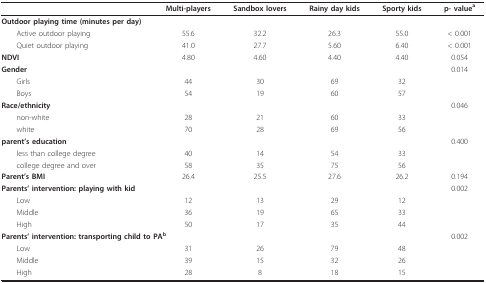
<table><thead><tr><td>[EMPTY_CELL]</td><td><b>Multi-players</b></td><td><b>Sandbox lovers</b></td><td><b>Rainy day kids</b></td><td><b>Sporty kids</b></td><td><b>p- value<sup>a</sup></b></td></tr></thead><tbody><tr><td colspan="2"><b>Outdoor playing time (minutes per day)</b></td><td>[EMPTY_CELL]</td><td>[EMPTY_CELL]</td><td>[EMPTY_CELL]</td><td>[EMPTY_CELL]</td></tr><tr><td> Active outdoor playing</td><td>55.6</td><td>32.2</td><td>26.3</td><td>55.0</td><td>&lt; 0.001</td></tr><tr><td> Quiet outdoor playing</td><td>41.0</td><td>27.7</td><td>5.60</td><td>6.40</td><td>&lt; 0.001</td></tr><tr><td><b>NDVI</b></td><td>4.80</td><td>4.60</td><td>4.40</td><td>4.40</td><td>0.054</td></tr><tr><td><b>Gender</b></td><td>[EMPTY_CELL]</td><td>[EMPTY_CELL]</td><td>[EMPTY_CELL]</td><td>[EMPTY_CELL]</td><td>0.014</td></tr><tr><td> Girls</td><td>44</td><td>30</td><td>69</td><td>32</td><td>[EMPTY_CELL]</td></tr><tr><td> Boys</td><td>54</td><td>19</td><td>60</td><td>57</td><td>[EMPTY_CELL]</td></tr><tr><td><b>Race/ethnicity</b></td><td>[EMPTY_CELL]</td><td>[EMPTY_CELL]</td><td>[EMPTY_CELL]</td><td>[EMPTY_CELL]</td><td>0.046</td></tr><tr><td> non-white</td><td>28</td><td>21</td><td>60</td><td>33</td><td>[EMPTY_CELL]</td></tr><tr><td> white</td><td>70</td><td>28</td><td>69</td><td>56</td><td>[EMPTY_CELL]</td></tr><tr><td><b>parent's education</b></td><td>[EMPTY_CELL]</td><td>[EMPTY_CELL]</td><td>[EMPTY_CELL]</td><td>[EMPTY_CELL]</td><td>0.400</td></tr><tr><td> less than college degree</td><td>40</td><td>14</td><td>54</td><td>33</td><td>[EMPTY_CELL]</td></tr><tr><td> college degree and over</td><td>58</td><td>35</td><td>75</td><td>56</td><td>[EMPTY_CELL]</td></tr><tr><td><b>Parent's BMI</b></td><td>26.4</td><td>25.5</td><td>27.6</td><td>26.2</td><td>0.194</td></tr><tr><td><b>Parents' intervention: playing with kid</b></td><td>[EMPTY_CELL]</td><td>[EMPTY_CELL]</td><td>[EMPTY_CELL]</td><td>[EMPTY_CELL]</td><td>0.002</td></tr><tr><td> Low</td><td>12</td><td>13</td><td>29</td><td>12</td><td>[EMPTY_CELL]</td></tr><tr><td> Middle</td><td>36</td><td>19</td><td>65</td><td>33</td><td>[EMPTY_CELL]</td></tr><tr><td> High</td><td>50</td><td>17</td><td>35</td><td>44</td><td>[EMPTY_CELL]</td></tr><tr><td colspan="2"><b>Parents' intervention: transporting child to PA<sup>b</sup></b></td><td>[EMPTY_CELL]</td><td>[EMPTY_CELL]</td><td>[EMPTY_CELL]</td><td>0.002</td></tr><tr><td> Low</td><td>31</td><td>26</td><td>79</td><td>48</td><td>[EMPTY_CELL]</td></tr><tr><td> Middle</td><td>39</td><td>15</td><td>32</td><td>26</td><td>[EMPTY_CELL]</td></tr><tr><td> High</td><td>28</td><td>8</td><td>18</td><td>15</td><td>[EMPTY_CELL]</td></tr></tbody></table>